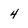
Character: 4